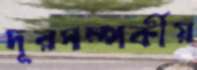
দূরসম্পর্কীয়